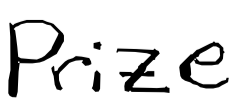
Text: Prize
Cross-out: clean
Writing tool: digital_black